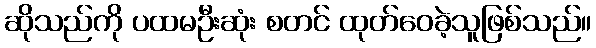
ဆိုသည်ကို ပထမဦးဆုံး စတင် ထုတ်ဝေခဲ့သူဖြစ်သည်။